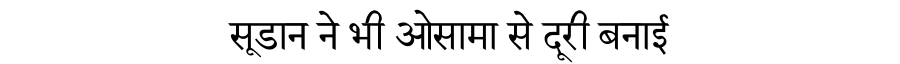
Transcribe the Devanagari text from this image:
सूडान ने भी ओसामा से दूरी बनाई